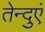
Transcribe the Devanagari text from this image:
तेन्दुएं